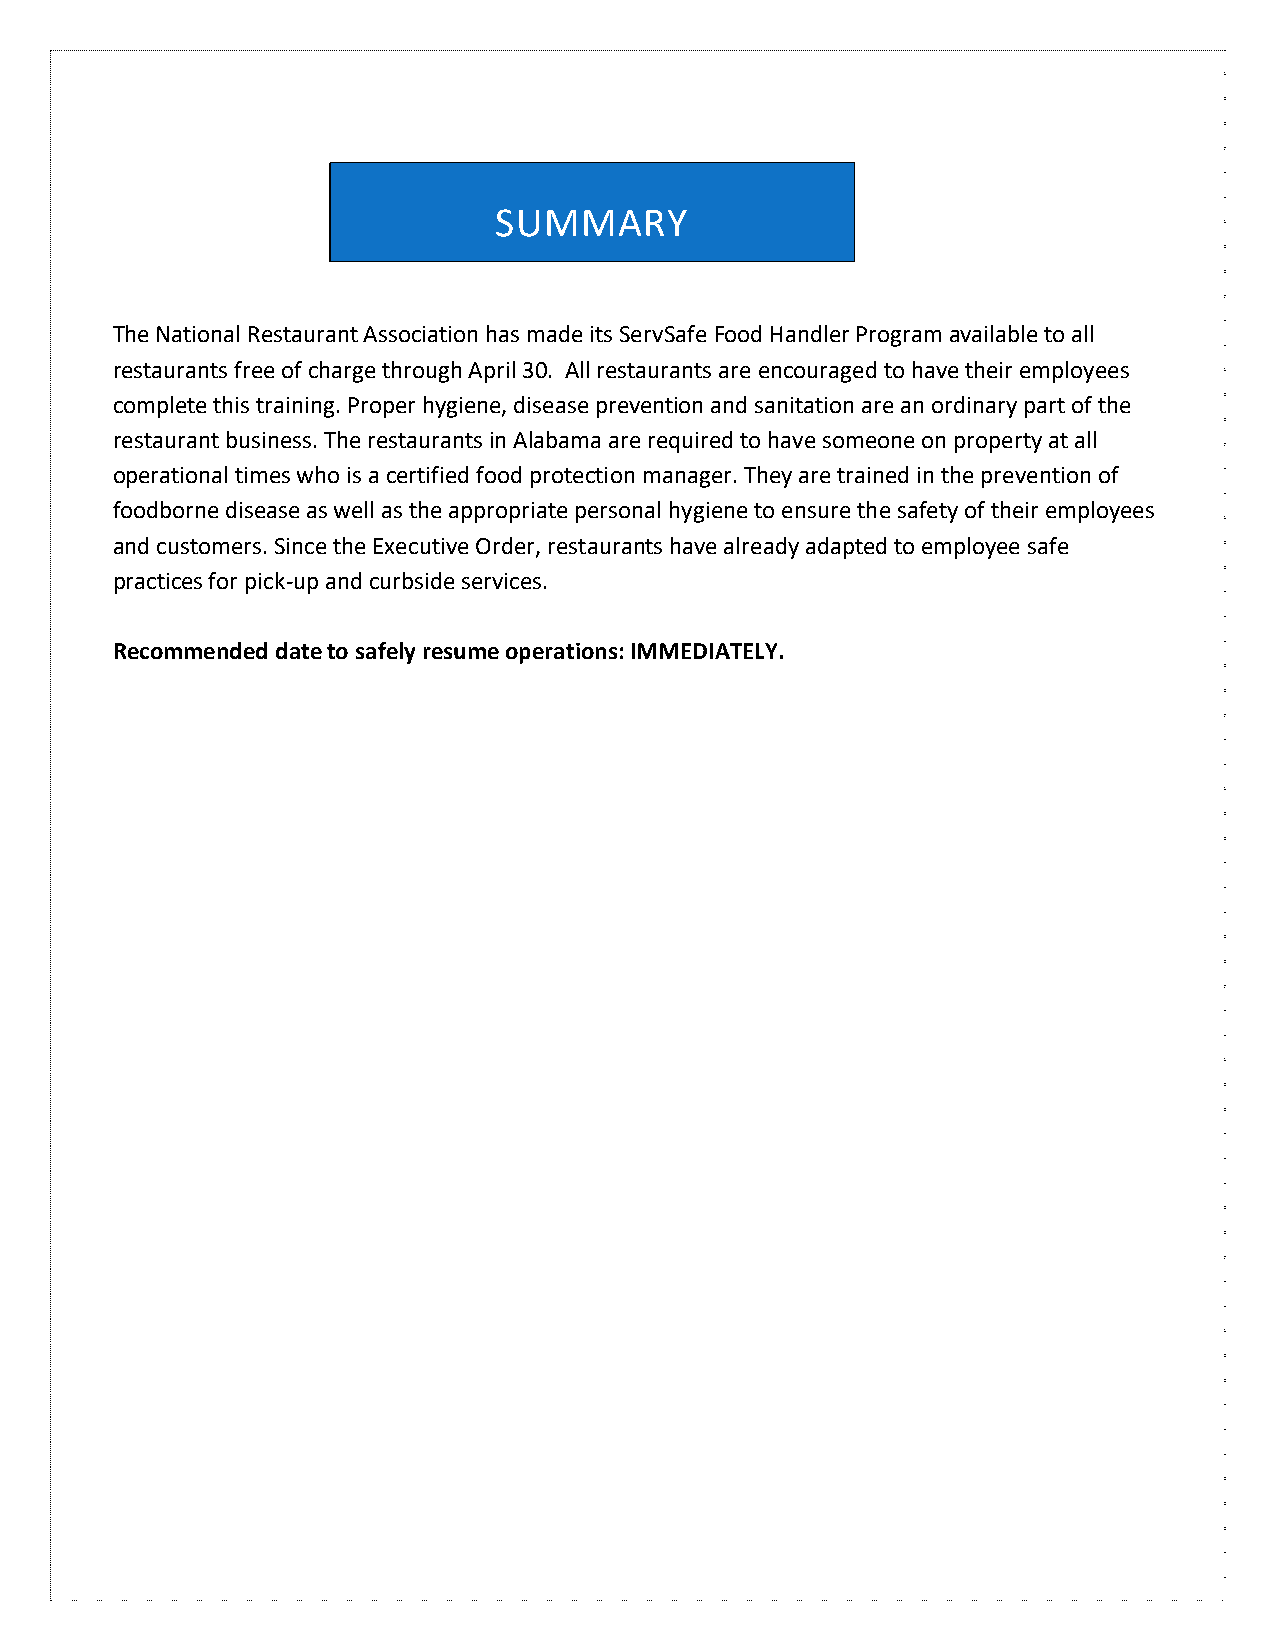
SUMMARY
 The National Restaurant Association has made its ServSafe Food Handler Program available to all
 restaurants free of charge through April 30. All restaurants are encouraged to have their employees
 complete this training. Proper hygiene, disease prevention and sanitation are an ordinary part of the
 restaurant business. The restaurants in Alabama are required to have someone on property at all
 operational times who is a certified food protection manager. They are trained in the prevention of
 foodborne disease as well as the appropriate personal hygiene to ensure the safety of their employees
 and customers. Since the Executive Order, restaurants have already adapted to employee safe
 practices for pick-up and curbside services.
 Recommended date to safely resume operations: IMMEDIATELY.